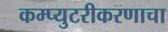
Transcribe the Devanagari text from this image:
कम्प्युटरीकरणाचा